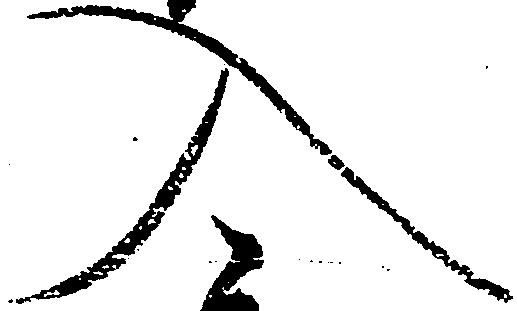
入